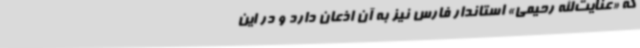
که «عنایت‌الله رحیمی» استاندار فارس نیز به آن اذعان دارد و در این